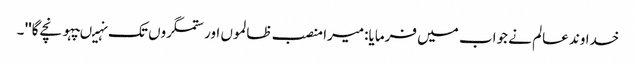
خدا وند عالم نے جواب میں فرمایا:میرا منصب ظالموں اور ستمگروں تک نہیںپہونچے گا'' ۔